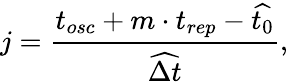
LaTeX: j=\frac{t_{osc}+m\cdot t_{rep}-\widehat{t_{0}}}{\widehat{\Delta t}},